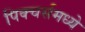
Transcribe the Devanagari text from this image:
पिक्चर्समध्ये